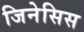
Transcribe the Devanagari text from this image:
जिनेसिस